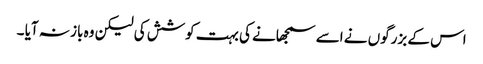
اس کے بزرگوں نے اسے سمجھانے کی بہت کوشش کی لیکن وہ باز نہ آیا ۔